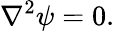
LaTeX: \nabla^{2}\psi=0.